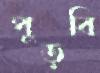
পুড়বি